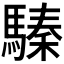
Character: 𩥚